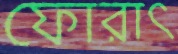
ফোরাৎ